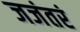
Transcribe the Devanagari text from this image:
जजंतरं